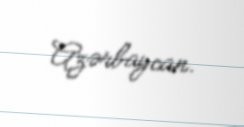
Azərbaycan.